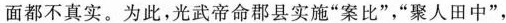
面都不真实。为此，光武帝命郡县实施”案比”，”聚人田中”，